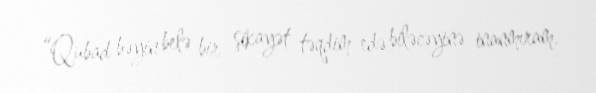
“Qubad bəyin belə bir şikayət təqdim edə biləcəyinə inanmıram.